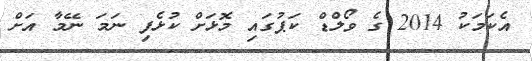
އެކަމަކު 2014 ގެ ވޯލްޑް ކަޕުގައި މޮޅަށް ކުޅެފި ނަމަ ނޭމާ އަށް